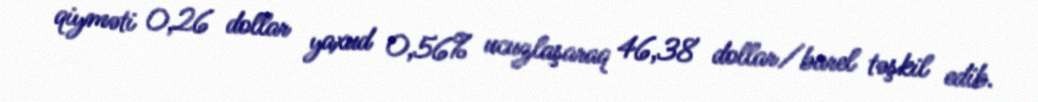
qiyməti 0,26 dollar yaxud 0,56% ucuzlaşaraq 46,38 dollar/barel təşkil edib.